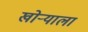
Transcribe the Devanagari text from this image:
खोऱ्याला